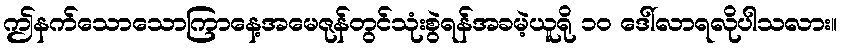
ဤနက်သောသောကြာနေ့အမေဇုန်တွင်သုံးစွဲရန်အခမဲ့ယူရို ၁၀ ဒေါ်လာရလိုပါသလား။